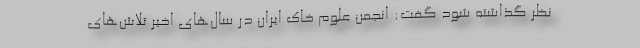
نظر گذاشته شود گفت: انجمن علوم خاک ایران در سال‌های اخیر تلاش‌های